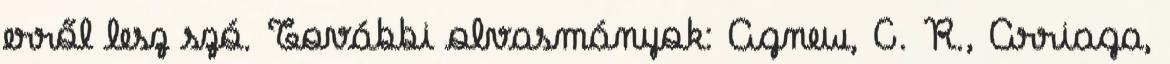
erről lesz szó. További olvasmányok: Agnew, C. R., Arriaga,